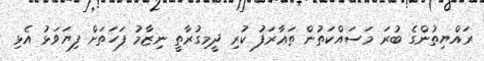
ރައްޔިތުންގެ ބުރަ މަސައްކަތުން ތަޢާރަފު ކުރި ދީމިގުރާތީ ނިޒާމު ފަހަތަށް ފިޔަވަޅު އެޅި